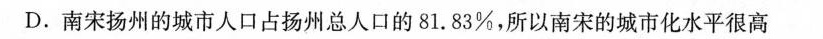
D. 南宋扬州的城市人口占扬州总人口的81.83%，所以南宋的城市化水平很高